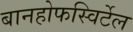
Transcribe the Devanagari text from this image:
बानहोफस्विर्टेल